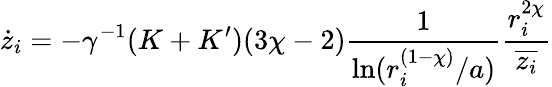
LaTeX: \dot{z}_{i}=-\gamma^{-1}(K+K^{\prime})(3\chi-2)\frac{1}{\ln(r_{i}^{(1-\chi)}/a)}\frac{r_{i}^{2\chi}}{\overline{{z_{i}}}}